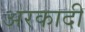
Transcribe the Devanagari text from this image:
अरकादी